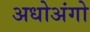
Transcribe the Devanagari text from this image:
अधोअंगो